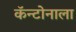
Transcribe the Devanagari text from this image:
कॅन्टोनाला